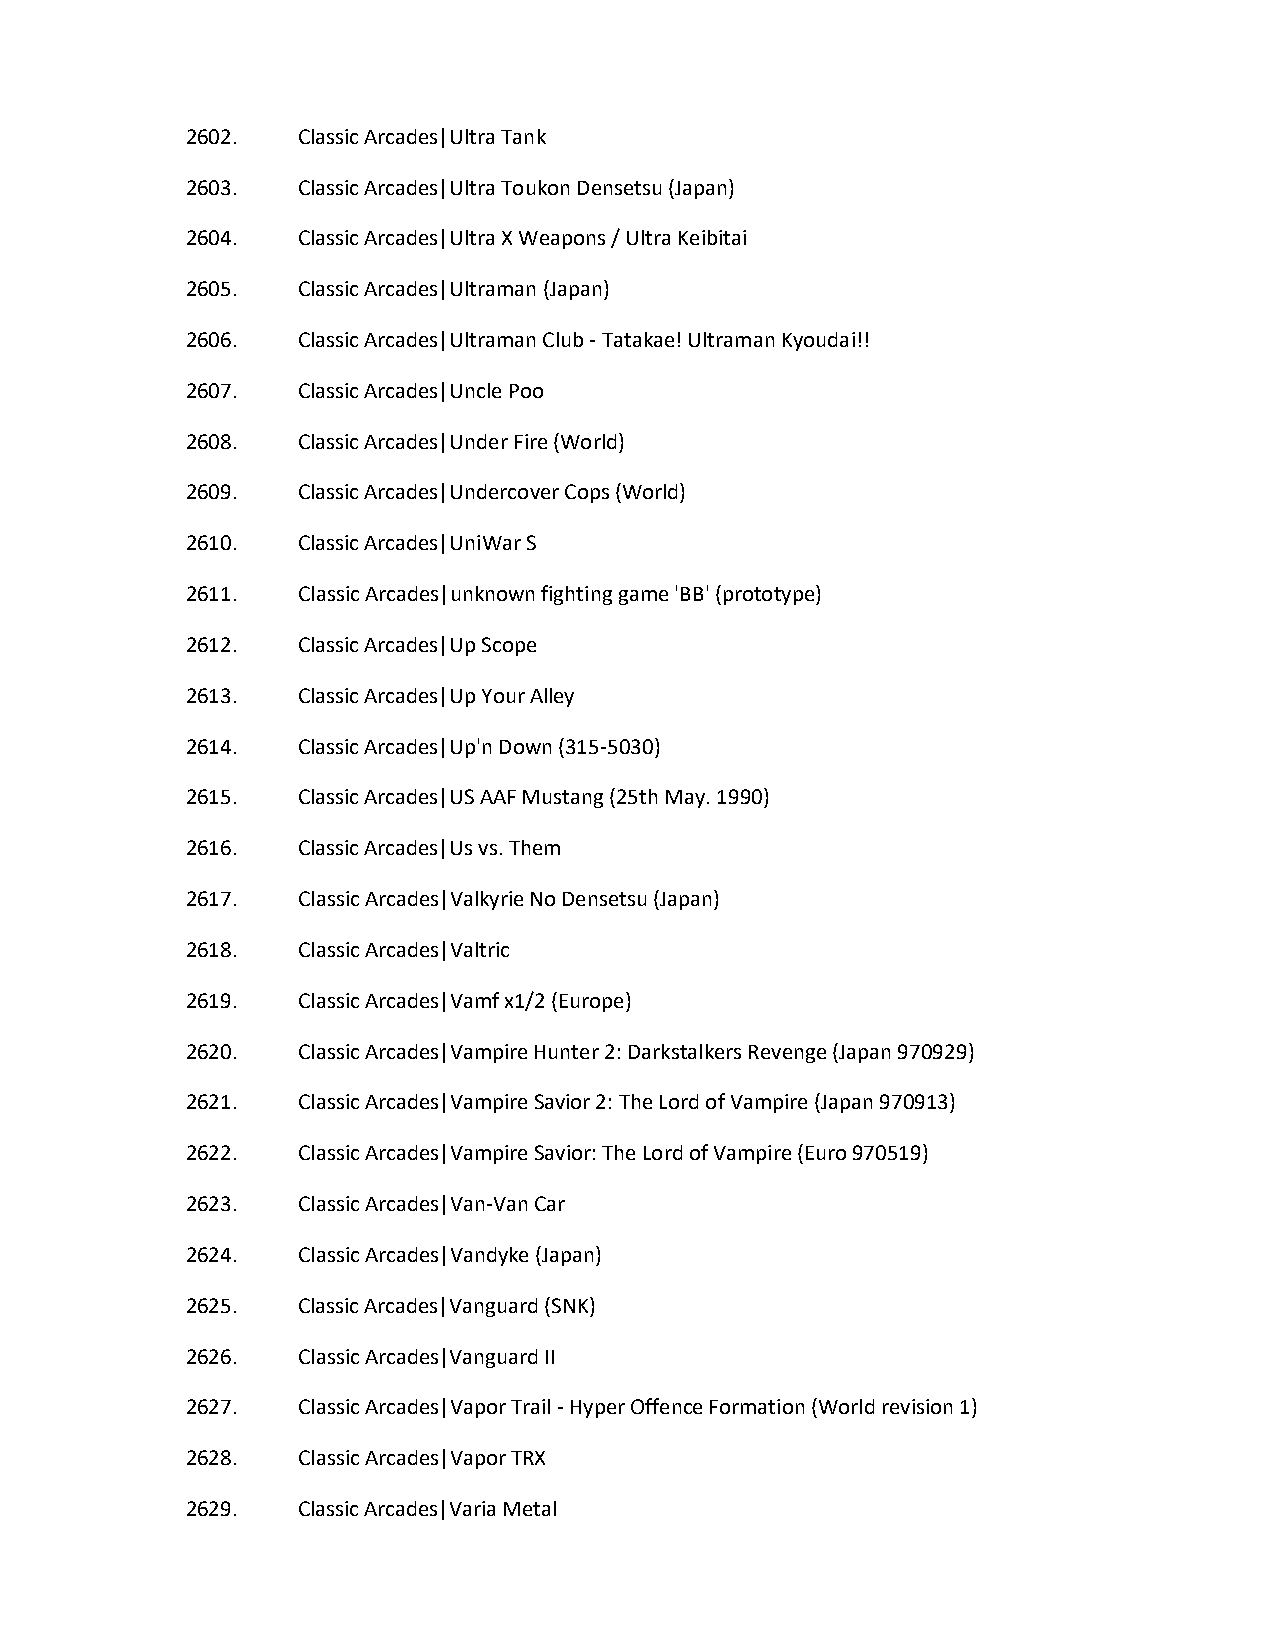
2602.   Classic Arcades|Ultra Tank
 2603.   Classic Arcades|Ultra Toukon Densetsu (Japan)
 2604.   Classic Arcades|Ultra X Weapons / Ultra Keibitai
 2605.   Classic Arcades|Ultraman (Japan)
 2606.   Classic Arcades|Ultraman Club - Tatakae! Ultraman Kyoudai!!
 2607.   Classic Arcades|Uncle Poo
 2608.   Classic Arcades|Under Fire (World)
 2609.   Classic Arcades|Undercover Cops (World)
 2610.   Classic Arcades|UniWar S
 2611.   Classic Arcades|unknown fighting game 'BB' (prototype)
 2612.   Classic Arcades|Up Scope
 2613.   Classic Arcades|Up Your Alley
 2614.   Classic Arcades|Up'n Down (315-5030)
 2615.   Classic Arcades|US AAF Mustang (25th May. 1990)
 2616.   Classic Arcades|Us vs. Them
 2617.   Classic Arcades|Valkyrie No Densetsu (Japan)
 2618.   Classic Arcades|Valtric
 2619.   Classic Arcades|Vamf x1/2 (Europe)
 2620.   Classic Arcades|Vampire Hunter 2: Darkstalkers Revenge (Japan 970929)
 2621.   Classic Arcades|Vampire Savior 2: The Lord of Vampire (Japan 970913)
 2622.   Classic Arcades|Vampire Savior: The Lord of Vampire (Euro 970519)
 2623.   Classic Arcades|Van-Van Car
 2624.   Classic Arcades|Vandyke (Japan)
 2625.   Classic Arcades|Vanguard (SNK)
 2626.   Classic Arcades|Vanguard II
 2627.   Classic Arcades|Vapor Trail - Hyper Offence Formation (World revision 1)
 2628.   Classic Arcades|Vapor TRX
 2629.   Classic Arcades|Varia Metal